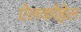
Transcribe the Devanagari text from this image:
ऐलकोहेल